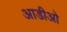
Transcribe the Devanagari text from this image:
आडीओ